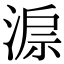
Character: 𣸔